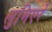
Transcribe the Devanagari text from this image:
लुमिएरे